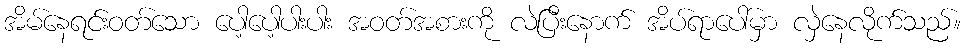
အိမ်နေရင်းဝတ်သော ပေါ့ပေါ့ပါးပါး အဝတ်အစားကို လဲပြီးနောက် အိပ်ရာပေါ်မှာ လှဲနေလိုက်သည်။